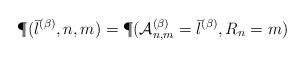
\begin{align*}\P(\bar{l}^{(\beta)}, n, m)=\P(\mathcal{A}^{(\beta)}_{n, m}=\bar{l}^{(\beta)}, R_n=m)\end{align*}